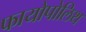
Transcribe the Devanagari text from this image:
फायोपोलिथ